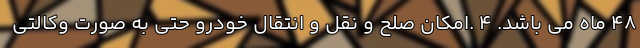
48 ماه مي باشد. 4 .امكان صلح و نقل و انتقال خودرو حتي به صورت وكالتى